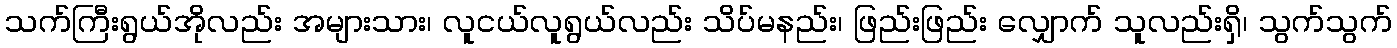
သက်ကြီးရွယ်အိုလည်း အများသား၊ လူငယ်လူရွယ်လည်း သိပ်မနည်း၊ ဖြည်းဖြည်း လျှောက် သူလည်းရှိ၊ သွက်သွက်